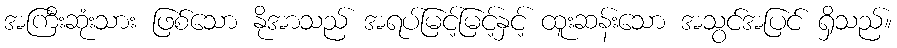
အကြီးဆုံးသား ဖြစ်သော နိုအာသည် အရပ်မြင့်မြင့်နှင့် ထူးဆန်းသော အသွင်အပြင် ရှိသည်။